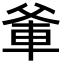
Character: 𭶼